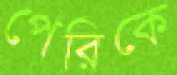
পেরিকে